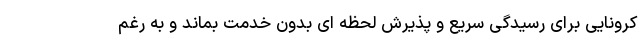
کرونایی برای رسیدگی سریع و پذیرش لحظه ای بدون خدمت بماند و به رغم